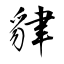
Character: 貄